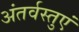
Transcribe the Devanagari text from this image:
अंतर्वस्तुएं